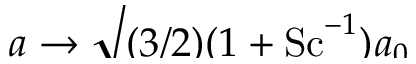
\smash { a \to \sqrt { ( 3 / 2 ) ( 1 + \ensuremath { \mathrm { S c } } ^ { - 1 } ) } \! \: a _ { 0 } }